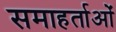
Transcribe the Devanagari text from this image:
समाहर्ताओं